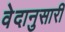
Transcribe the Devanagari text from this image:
वेदानुसारी